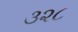
૩૨૮